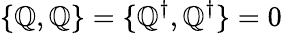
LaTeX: \{ \mathbb{Q},\mathbb{Q}\} =\{ \mathbb{Q}^{\dagger},\mathbb{Q}^{\dagger}\} =0